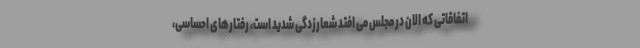
اتفاقاتی که الان در مجلس می افتد شعارزدگی شدید است، رفتارهای احساسی،